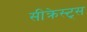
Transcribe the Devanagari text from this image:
सीक्रेस्ट्स